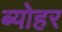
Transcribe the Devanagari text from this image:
ब्योहर